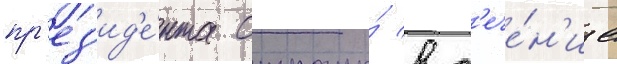
пр'ез'ид'е́нта страны́ в т'ече́н'ие